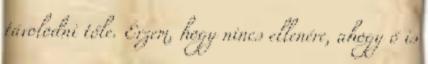
távolodni tőle. Érzem, hogy nincs ellenére, ahogy ő is